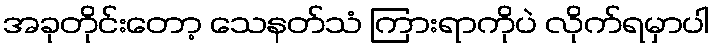
အခုတိုင်းတော့ သေနတ်သံ ကြားရာကိုပဲ လိုက်ရမှာပါ